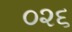
૦૨૬